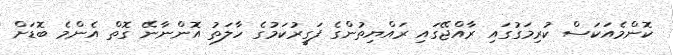
ކޮންމެއަކަސް ކުރިމަގުގައި ރާއްޖޭގައި ރައްޔިތުންގެ ފަގީރުކަމުގެ ހާލަތު އޮންނާނޭ ގޮތް އެންމެ ބޮޑަށް